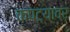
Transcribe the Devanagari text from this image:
कपट्यावर